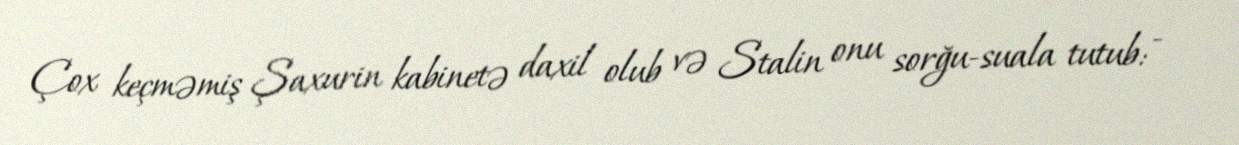
Çox keçməmiş Şaxurin kabinetə daxil olub və Stalin onu sorğu-suala tutub: -